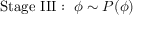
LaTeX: { \mathrm { S t a g e ~ I I I : ~ } } \phi \sim P ( \phi )